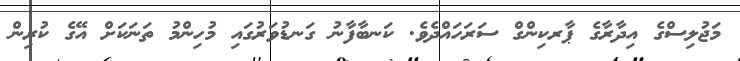
މަޖުލިސްގެ އިދާރާގެ ޕާރކިންގް ސަރަހައްދެވެ. ކަނބާފާނު ގަނޑުވަރުގައި މުހިންމު ތަނަކަށް އޭގެ ކުރިން